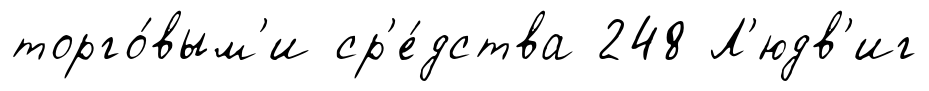
торго́вым'и ср'е́дства 248 Л'юдв'иг